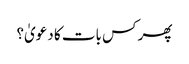
پھر کس بات کا دعویٰ؟